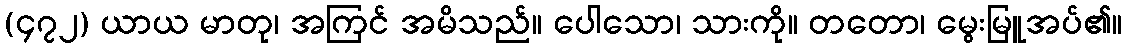
(၄၇၂) ယာယ မာတု၊ အကြင် အမိသည်။ ပေါသော၊ သားကို။ တတော၊ မွေးမြူအပ်၏။